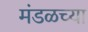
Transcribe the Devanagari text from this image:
मंडळच्या